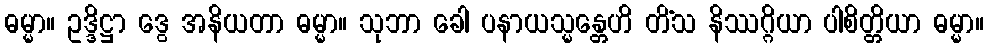
ဓမ္မာ။ ဥဒ္ဒိဋ္ဌာ ဒွေ အနိယတာ ဓမ္မာ။ သုဘာ ခေါ ပနာယသ္မန္တေဟိ တိံသ နိဿဂ္ဂိယာ ပါစိတ္တိယာ ဓမ္မာ။